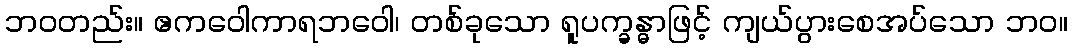
ဘဝတည်း။ ဧကဝေါကာရဘဝေါ၊ တစ်ခုသော ရူပက္ခန္ဓာဖြင့် ကျယ်ပွားစေအပ်သော ဘဝ။